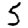
Digit: 5